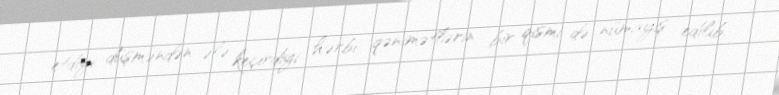
etdiyi düşməndən ələ keçirdiyi hərbi qənimətlərin bir qismi də nümayiş edilib.